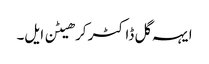
ایہہ گل ڈاکٹر کرھیٹن ایل۔